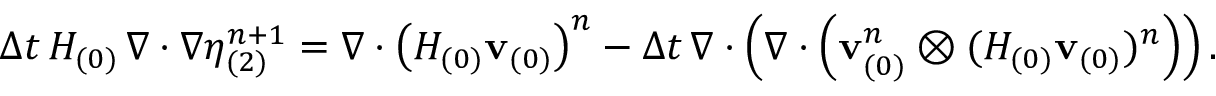
{ \Delta t } \, H _ { ( 0 ) } \, \nabla \cdot \nabla \eta _ { ( 2 ) } ^ { n + 1 } = \nabla \cdot \left( H _ { ( 0 ) } \mathbf { v } _ { ( 0 ) } \right) ^ { n } - { \Delta t } \, \nabla \cdot \left( \nabla \cdot \left( { \mathbf { v } _ { ( 0 ) } ^ { n } } \otimes ( H _ { ( 0 ) } \mathbf { v } _ { ( 0 ) } ) ^ { n } \right) \right) .